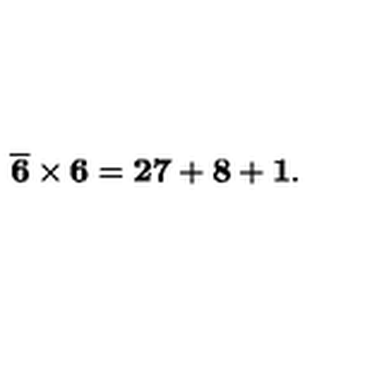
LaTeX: \mathbf { \overline { { 6 } } \times 6 = 2 7 + 8 + 1 . }